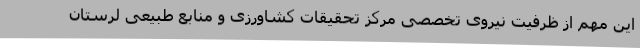
این مهم از ظرفیت نیروی تخصصی مرکز تحقیقات کشاورزی و منابع طبیعی لرستان